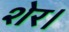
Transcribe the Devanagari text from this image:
शेर।